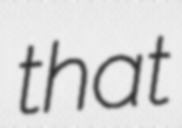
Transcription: that